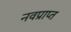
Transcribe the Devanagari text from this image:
नवप्राप्त